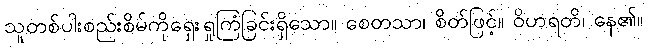
သူတစ်ပါးစည်းစိမ်ကိုရှေးရှုကြံခြင်းရှိသော။ စေတသာ၊ စိတ်ဖြင့်။ ဝိဟရတိ၊ နေ၏။